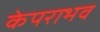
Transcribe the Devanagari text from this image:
केपराभव